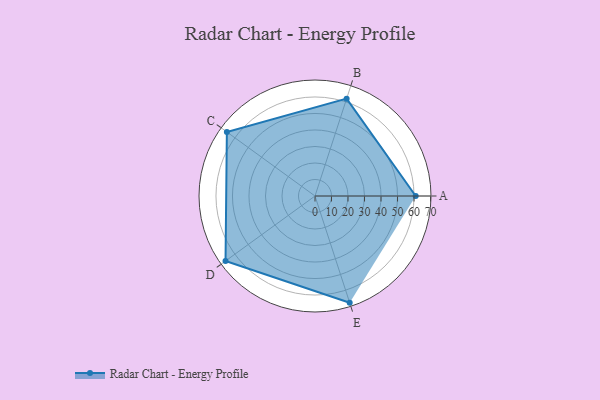
{"axis": {"x": "Skill", "y": "Score"}, "legend": ["Profile"], "data": [{"x": "A", "y": 61.0, "type": "Profile"}, {"x": "B", "y": 62.0, "type": "Profile"}, {"x": "C", "y": 66.0, "type": "Profile"}, {"x": "D", "y": 67.0, "type": "Profile"}, {"x": "E", "y": 68.0, "type": "Profile"}]}